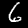
Digit: 6